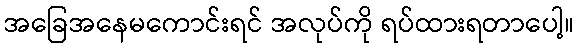
အခြေအနေမကောင်းရင် အလုပ်ကို ရပ်ထားရတာပေါ့။